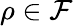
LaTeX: \rho\in\mathcal{F}